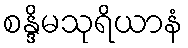
စန္ဒိမသုရိယာနံ